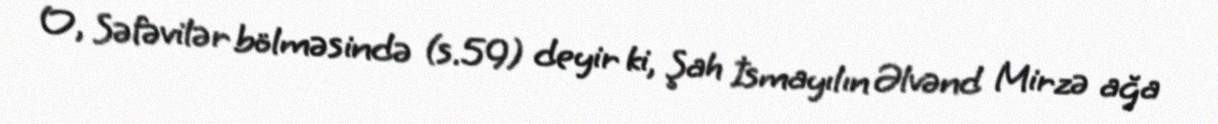
O, Səfəvilər bölməsində (s.59) deyir ki, Şah İsmayılın Əlvənd Mirzə ağa